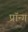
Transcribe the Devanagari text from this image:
प्रॉन्ग